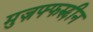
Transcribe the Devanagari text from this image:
मुज़फ्फरुद्दीन